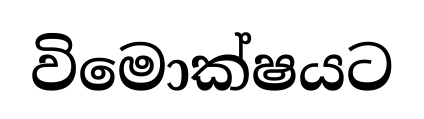
විමොක්ෂයට